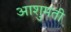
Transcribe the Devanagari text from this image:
आशुमती